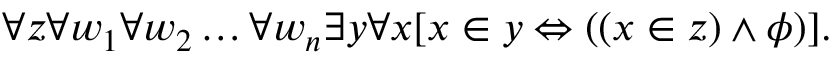
\forall z \forall w _ { 1 } \forall w _ { 2 } \ldots \forall w _ { n } \exists y \forall x [ x \in y \Leftrightarrow ( ( x \in z ) \land \phi ) ] .